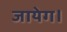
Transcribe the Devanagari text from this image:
जायेग।